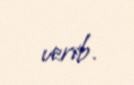
verib.